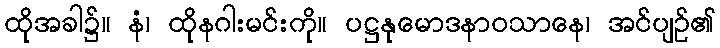
ထိုအခါ၌။ နံ၊ ထိုနဂါးမင်းကို။ ပဋ္ဌနုမောဒနာဝသာနေ၊ အင်ပျဉ်၏